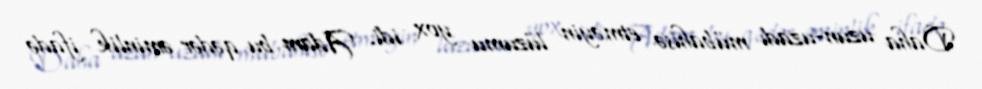
Daha uzun-uzadı mübahisə etməyin lüzumu yox idi. Adam bu qədər əminlik ifadə